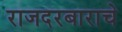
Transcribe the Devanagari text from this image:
राजदरबाराचे